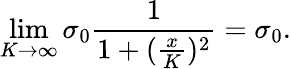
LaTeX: \operatorname*{lim}_{K\to\infty}\sigma_{0}\frac{1}{1+(\frac{x}{K})^{2}}=\sigma_{0}.